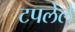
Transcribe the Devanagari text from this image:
टपलेले